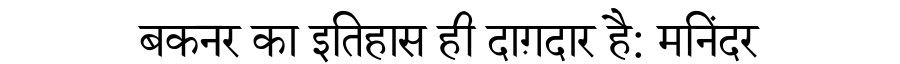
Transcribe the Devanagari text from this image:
बकनर का इतिहास ही दाग़दार है: मनिंदर